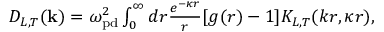
\begin{array} { r } { D _ { L , T } ( { \bf k } ) = \omega _ { \mathrm { p d } } ^ { 2 } \int _ { 0 } ^ { \infty } d r \frac { e ^ { - \kappa r } } { r } [ g ( r ) - 1 ] { \cal K } _ { L , T } ( k r , \kappa r ) , } \end{array}